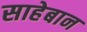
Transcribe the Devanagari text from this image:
साहेबान